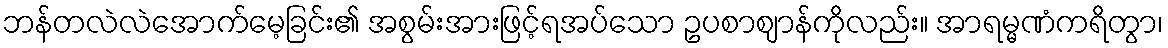
ဘန်တလဲလဲအောက်မေ့ခြင်း၏ အစွမ်းအားဖြင့်ရအပ်သော ဥပစာဈာန်ကိုလည်း။ အာရမ္မဏံကရိတွာ၊